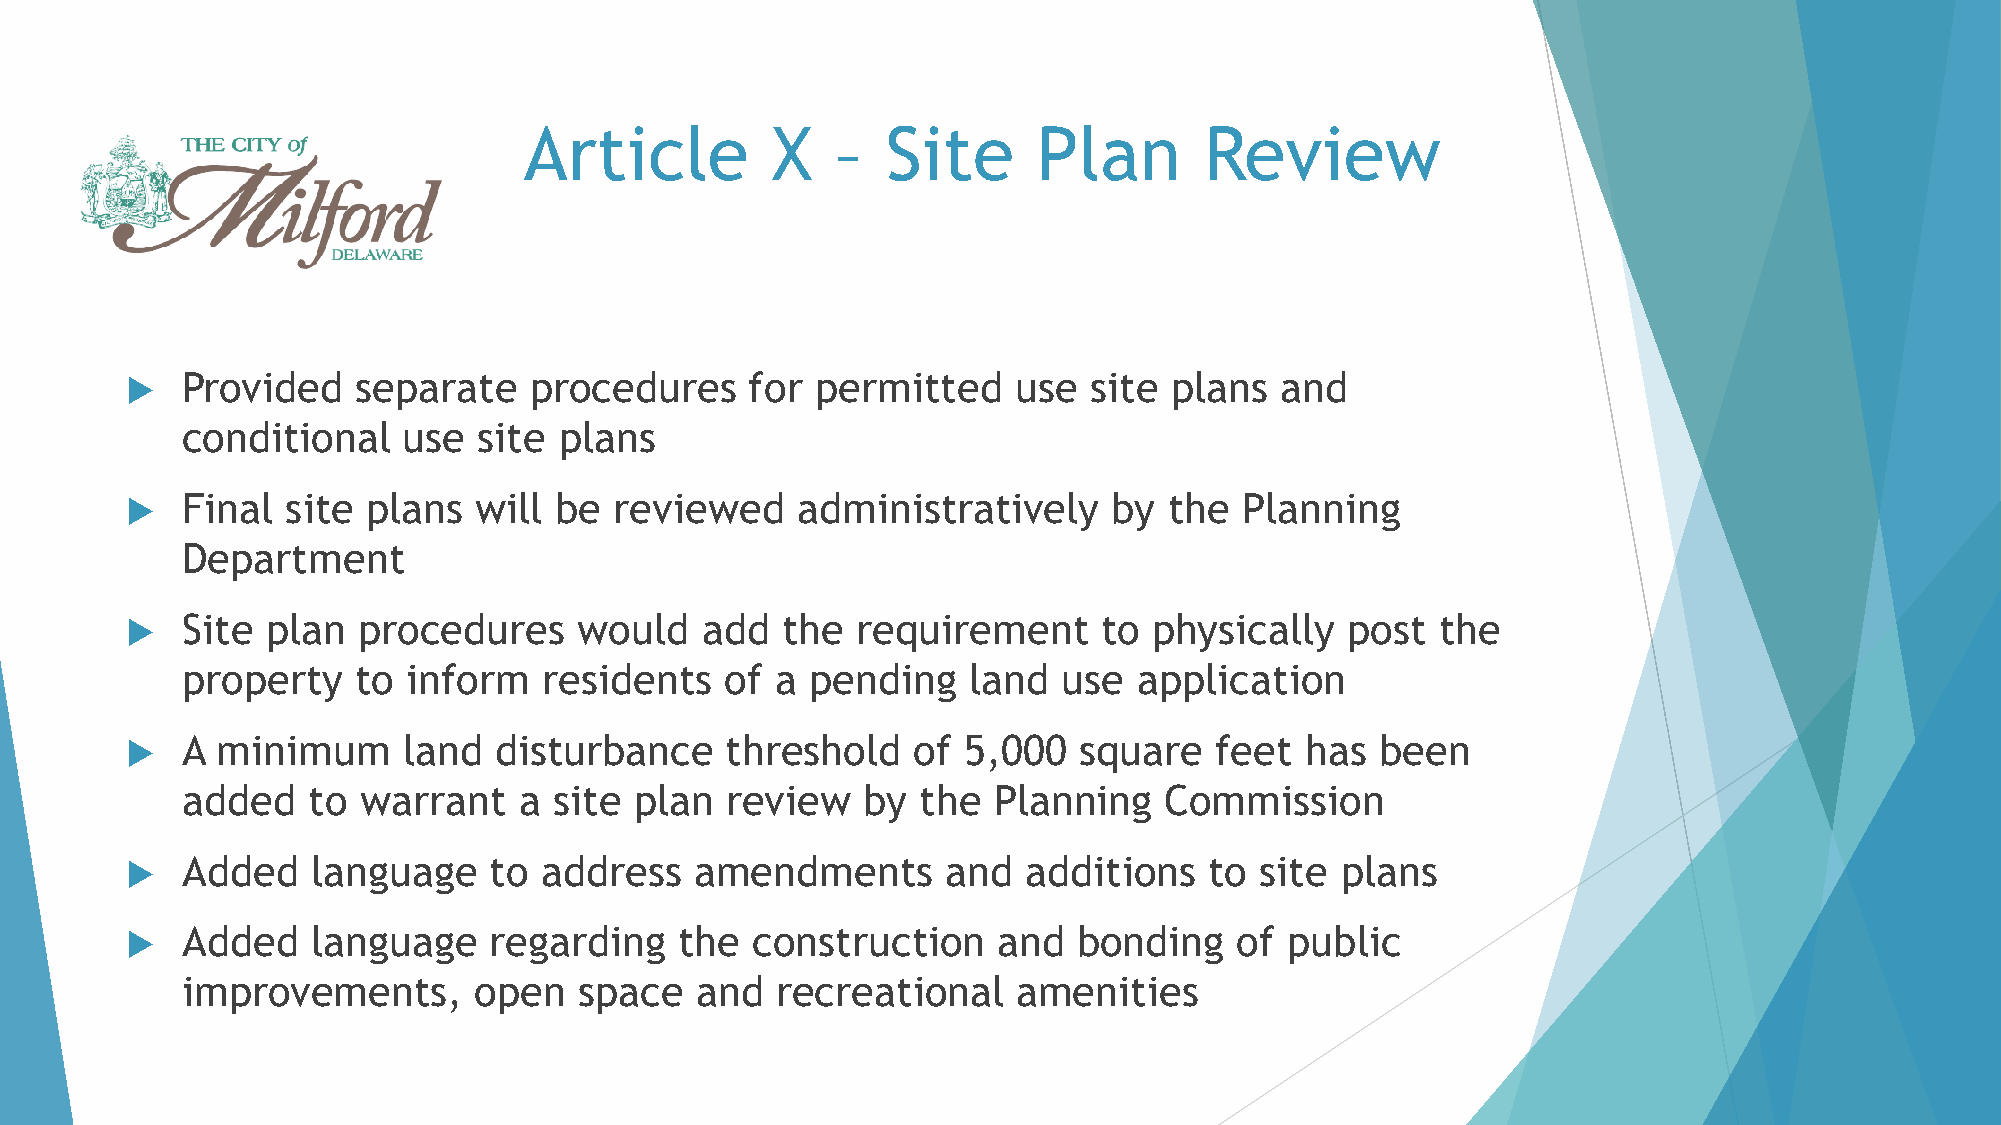
Article         X   –   Site      Plan       Review
    Provided    separate   procedures     for permitted    use  site plans   and
 conditional    use  site plans
    Final  site plans  will  be  reviewed    administratively     by the  Planning
 Department
    Site  plan  procedures    would   add   the  requirement     to physically   post  the
 property    to inform   residents   of a  pending   land  use  application
    A minimum      land  disturbance    threshold   of  5,000  square   feet  has  been
 added   to  warrant   a  site plan  review   by  the  Planning   Commission
    Added    language   to  address   amendments       and  additions   to site  plans
    Added    language   regarding    the  construction    and  bonding    of public
 improvements,      open   space   and  recreational    amenities